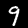
Digit: 9